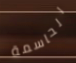
الحاسمة